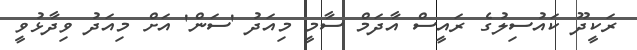
ރަކީދޫ ކައުސިލުގެ ރައީސް އާދަމް ސާމީ މިއަދު 'ސަން' އަށް މިއަދު ވިދާޅުވީ